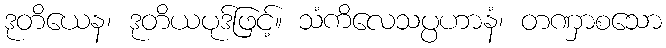
ဒုတိယေန၊ ဒုတိယပုဒ်ဖြင့်။ သံကိလေသပ္ပဟာနံ၊ တဏှာစသော